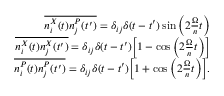
\begin{array} { r l r } & { } & { \overline { { n _ { i } ^ { X } ( t ) n _ { j } ^ { P } ( t ^ { \prime } ) } } = \delta _ { i j } \delta ( t - t ^ { \prime } ) \sin \Big ( 2 \frac { \Omega } { n } t \Big ) } \\ & { } & { \overline { { n _ { i } ^ { X } ( t ) n _ { j } ^ { X } ( t ^ { \prime } ) } } = \delta _ { i j } \delta ( t - t ^ { \prime } ) \Big [ 1 - \cos \Big ( 2 \frac { \Omega } { n } t \Big ) \Big ] } \\ & { } & { \overline { { n _ { i } ^ { P } ( t ) n _ { j } ^ { P } ( t ^ { \prime } ) } } = \delta _ { i j } \delta ( t - t ^ { \prime } ) \Big [ 1 + \cos \Big ( 2 \frac { \Omega } { n } t \Big ) \Big ] . } \end{array}